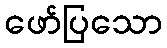
ဖော်ပြသော